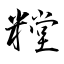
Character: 糛